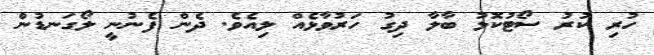
ހުރި ކުރު ސޯޓުކޮޅު ބާލާ ދިގު ހަރުވާޅެއް ލިއެވެ. ދެން ފެނުނީ ލޯގަނޑުން